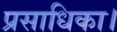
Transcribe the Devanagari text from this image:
प्रसाधिका।